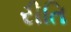
રીતિ